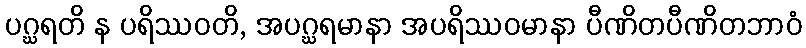
ပဂ္ဃရတိ န ပရိဿဝတိ, အပဂ္ဃရမာနာ အပရိဿဝမာနာ ပီဏိတပီဏိတဘာဝံ